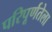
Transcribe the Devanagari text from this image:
परिपूर्णतेला